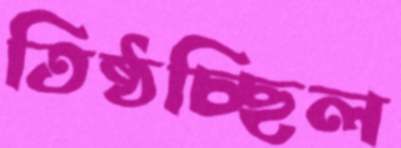
তিষ্ঠচ্ছিল